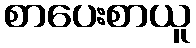
စာပေးစာယူ